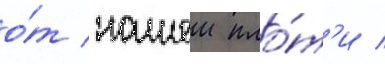
о́т нашеи пло́т'и /